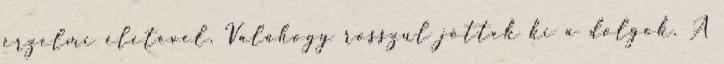
érzelmi életével. Valahogy rosszul jöttek ki a dolgok. A